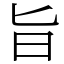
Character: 旨